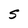
Character: S